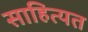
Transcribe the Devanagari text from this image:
साहित्यत